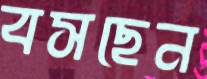
বসছেন